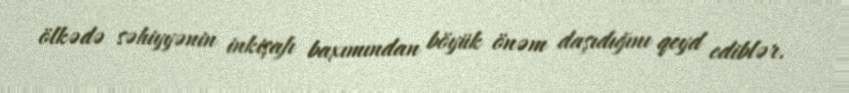
ölkədə səhiyyənin inkişafı baxımından böyük önəm daşıdığını qeyd ediblər.